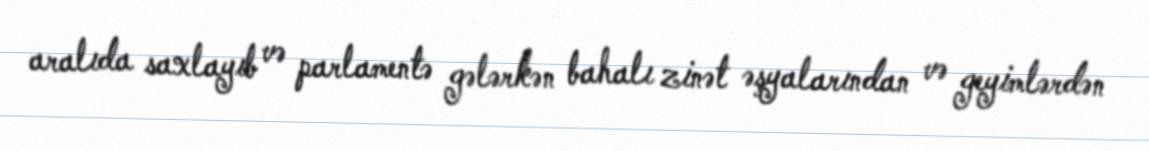
aralıda saxlayıb və parlamentə gələrkən bahalı zinət əşyalarından və geyimlərdən